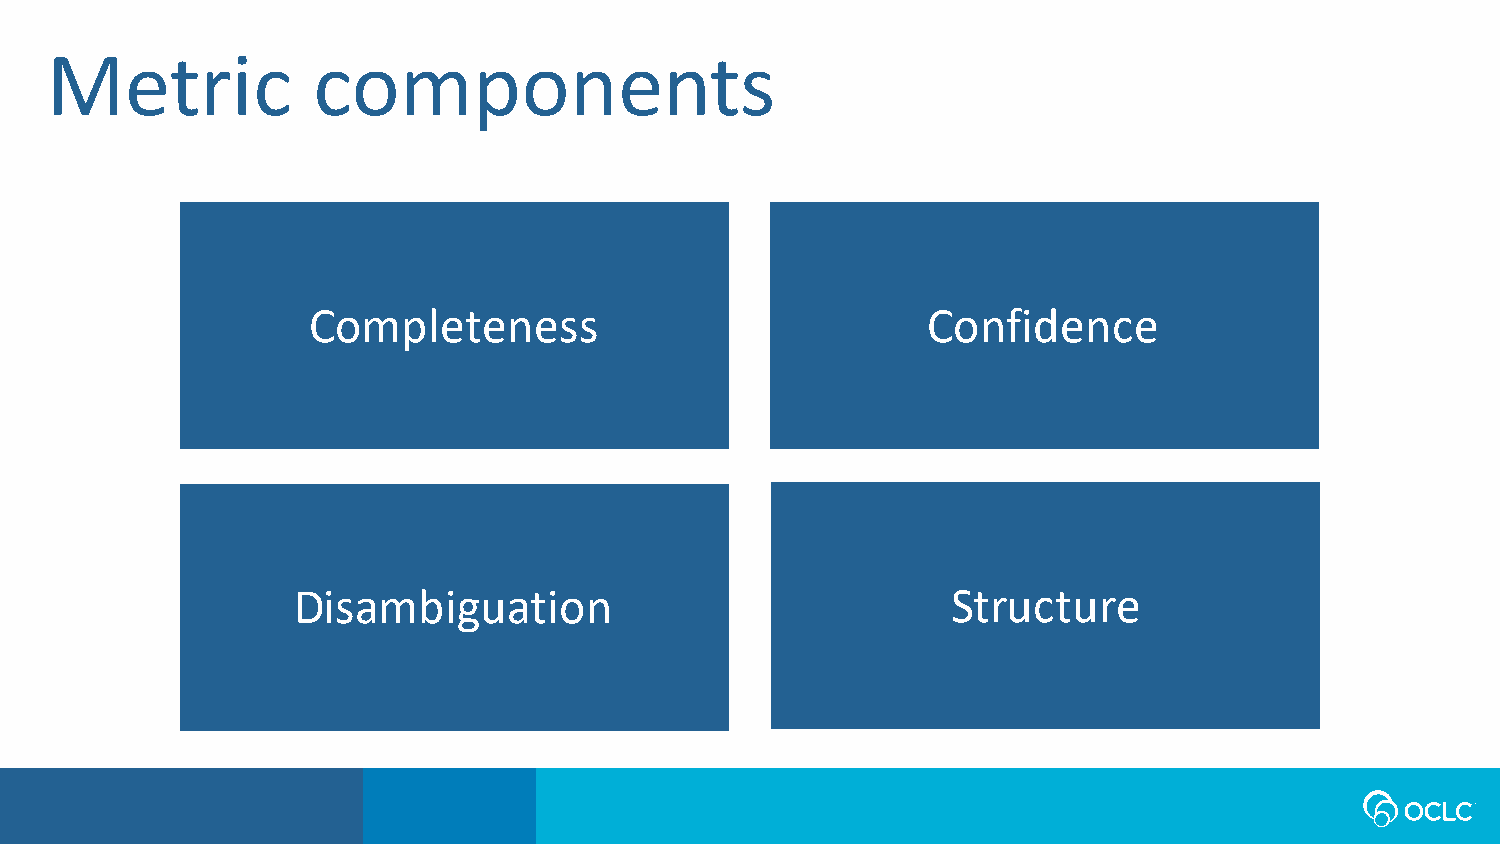
Metric            components
 Completeness                             Confidence
 Disambiguation                              Structure